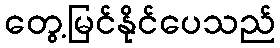
တွေ့မြင်နိုင်ပေသည်